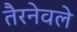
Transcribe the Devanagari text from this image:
तैरनेवले